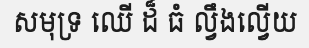
សមុទ្រ ឈើ ដ៏ ធំ ល្វឹងល្វើយ